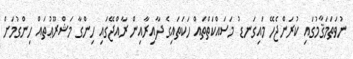
ނުވަތަމަޤާމުގައި ކުރަންޖެހޭ މައިގަނޑު މަސައްކަތްތައް ހަކަތައިގެ ދާއިރާއިން ރާއްޖޭގައި ހިންގާ މަޝްރޫޢުތައް ހިންގުމަށް